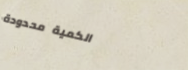
الكمية محدودة